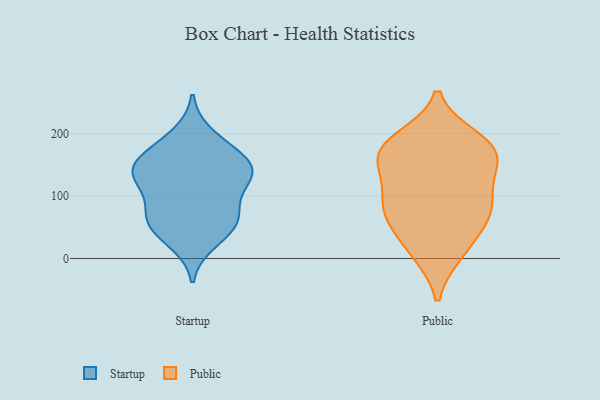
{"axis": {"x": "Bounce Rate (%)", "y": "Value"}, "legend": ["Public", "Startup"], "data": [{"x": "", "y": 162, "type": "Startup"}, {"x": "", "y": 26, "type": "Startup"}, {"x": "", "y": 59, "type": "Startup"}, {"x": "", "y": 156, "type": "Startup"}, {"x": "", "y": 47, "type": "Startup"}, {"x": "", "y": 75, "type": "Startup"}, {"x": "", "y": 133, "type": "Startup"}, {"x": "", "y": 123, "type": "Startup"}, {"x": "", "y": 57, "type": "Startup"}, {"x": "", "y": 137, "type": "Startup"}, {"x": "", "y": 198, "type": "Startup"}, {"x": "", "y": 172, "type": "Startup"}, {"x": "", "y": 139, "type": "Startup"}, {"x": "", "y": 124, "type": "Startup"}, {"x": "", "y": 78, "type": "Startup"}, {"x": "", "y": 171, "type": "Public"}, {"x": "", "y": 114, "type": "Public"}, {"x": "", "y": 179, "type": "Public"}, {"x": "", "y": 14, "type": "Public"}, {"x": "", "y": 165, "type": "Public"}, {"x": "", "y": 81, "type": "Public"}, {"x": "", "y": 77, "type": "Public"}, {"x": "", "y": 67, "type": "Public"}, {"x": "", "y": 10, "type": "Public"}, {"x": "", "y": 173, "type": "Public"}, {"x": "", "y": 59, "type": "Public"}, {"x": "", "y": 109, "type": "Public"}, {"x": "", "y": 190, "type": "Public"}, {"x": "", "y": 154, "type": "Public"}]}